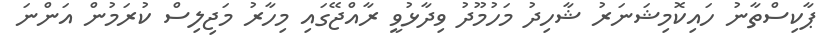
ޕާކިސްތާނު ހައިކޮމިޝަނަރު ޝާހިދު މަހުމޫދު ވިދާޅުވީ ރާއްޖޭގައި މިހާރު މަޖިލިސް ކުރަމުން އަންނަ